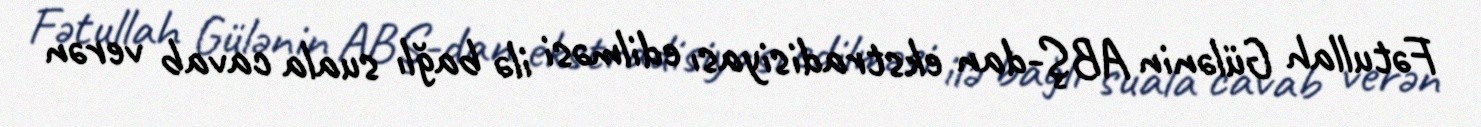
Fətullah Gülənin ABŞ-dan ekstradisiyası edilməsi ilə bağlı suala cavab verən